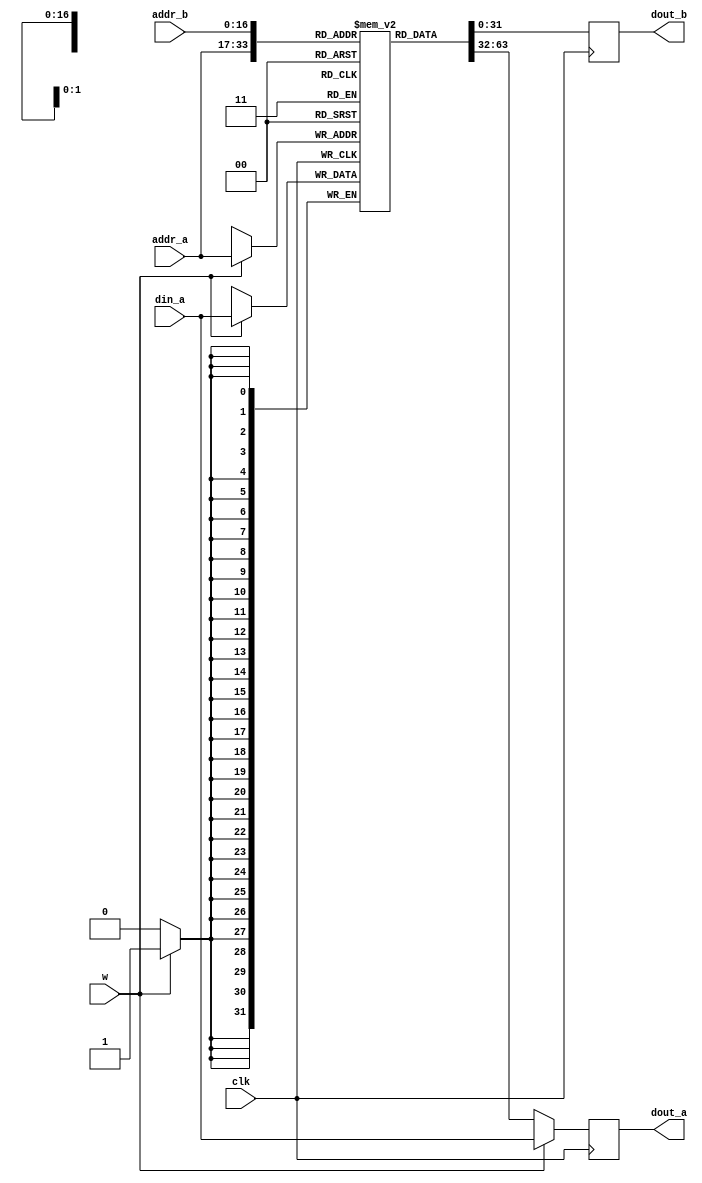
`timescale 1ns / 1ps
//////////////////////////////////////////////////////////////////////////////////
// Company: 
// Engineer: 
// 
// Design Name: 
// Module Name:    dp_ram 
// Project Name: 
// Target Devices: 
// Tool versions: 
// Description: 
//
// Dependencies: 
//
// Revision: 
// Revision 0.01 - File Created
// Additional Comments: 
//
//////////////////////////////////////////////////////////////////////////////////
module dp_ram
   #(parameter ADDR_WIDTH = 17,
               DATA_WIDTH = 32
   )
   (
    clk,
    w,
    addr_a, 
    addr_b,
    din_a,
    dout_a, 
    dout_b
   );


//=============Input Ports=============================
	input 	clk;	// Reloj del sistema
	input 	w;	
	input	[ADDR_WIDTH-1:0] addr_a;
	input	[ADDR_WIDTH-1:0] addr_b;
	input	[DATA_WIDTH-1:0] din_a;
	
//=============Output Ports===========================
	output 	[DATA_WIDTH-1:0] dout_a;
	output	[DATA_WIDTH-1:0] dout_b;	
	
//=============Input ports Data Type===================
	wire 	clk;
	wire 	w;
	wire	[ADDR_WIDTH-1:0] addr_a;
	wire	[ADDR_WIDTH-1:0] addr_b;
	wire	[DATA_WIDTH-1:0] din_a;
	
//=============Output Ports Data Type==================
	reg 	[DATA_WIDTH-1:0] dout_a;
	reg	[DATA_WIDTH-1:0] dout_b;
	
//=============Internal Variables======================
	(* ram_init_file = "ram_init.mif" *) reg 	[DATA_WIDTH-1:0] ram [2**ADDR_WIDTH-1:0];
	
//==========Code startes Here==========================

	// Port A
	always @ (posedge clk)
	begin
		if (w) 
		begin
			ram[addr_a] <= din_a;
			dout_a <= din_a;
		end
		else 
		begin
			dout_a <= ram[addr_a];
		end
	end
	
	// Port B
	always @ (posedge clk)
	begin
			dout_b <= ram[addr_b];
	end
	

endmodule